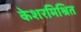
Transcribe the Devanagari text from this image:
केशरमिश्रित